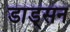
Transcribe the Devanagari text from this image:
डाड्सन